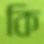
কি